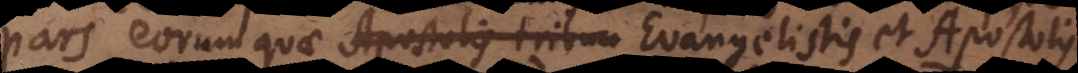
pars eorum quae Apostolis tribuu Evangelistis et Apostolis